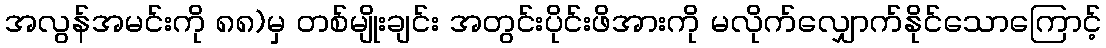
အလွန်အမင်းကို ၈၈)မှ တစ်မျိုးချင်း အတွင်းပိုင်းဖိအားကို မလိုက်လျှောက်နိုင်သောကြောင့်